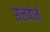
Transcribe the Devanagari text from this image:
सेलेबोर्न